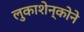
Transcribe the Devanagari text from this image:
लुकाशेन्कोने